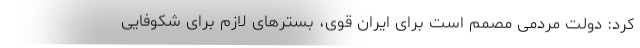
کرد: دولت مردمی مصمم است برای ایران قوی، بسترهای لازم برای شکوفایی